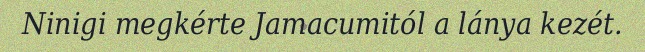
Ninigi megkérte Jamacumitól a lánya kezét.